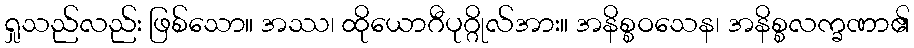
ရှုသည်လည်း ဖြစ်သော။ အဿ၊ ထိုယောဂီပုဂ္ဂိုလ်အား။ အနိစ္စဝသေန၊ အနိစ္စလက္ခဏာ၏